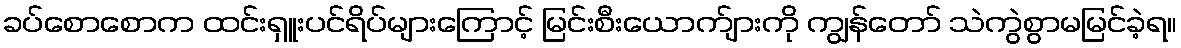
ခပ်စောစောက ထင်းရှူးပင်ရိပ်များကြောင့် မြင်းစီးယောက်ျားကို ကျွန်တော် သဲကွဲစွာမမြင်ခဲ့ရ။